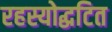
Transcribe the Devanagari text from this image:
रहस्योद्घटित